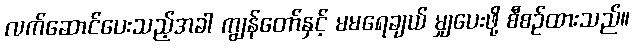
လက်ဆောင်ပေးသည့်အခါ ကျွန်တော်နှင့် မမရေချယ် မျှပေးဖို့ စီစဉ်ထားသည်။